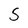
Character: S